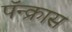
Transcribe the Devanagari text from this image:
पॅन्क्रास